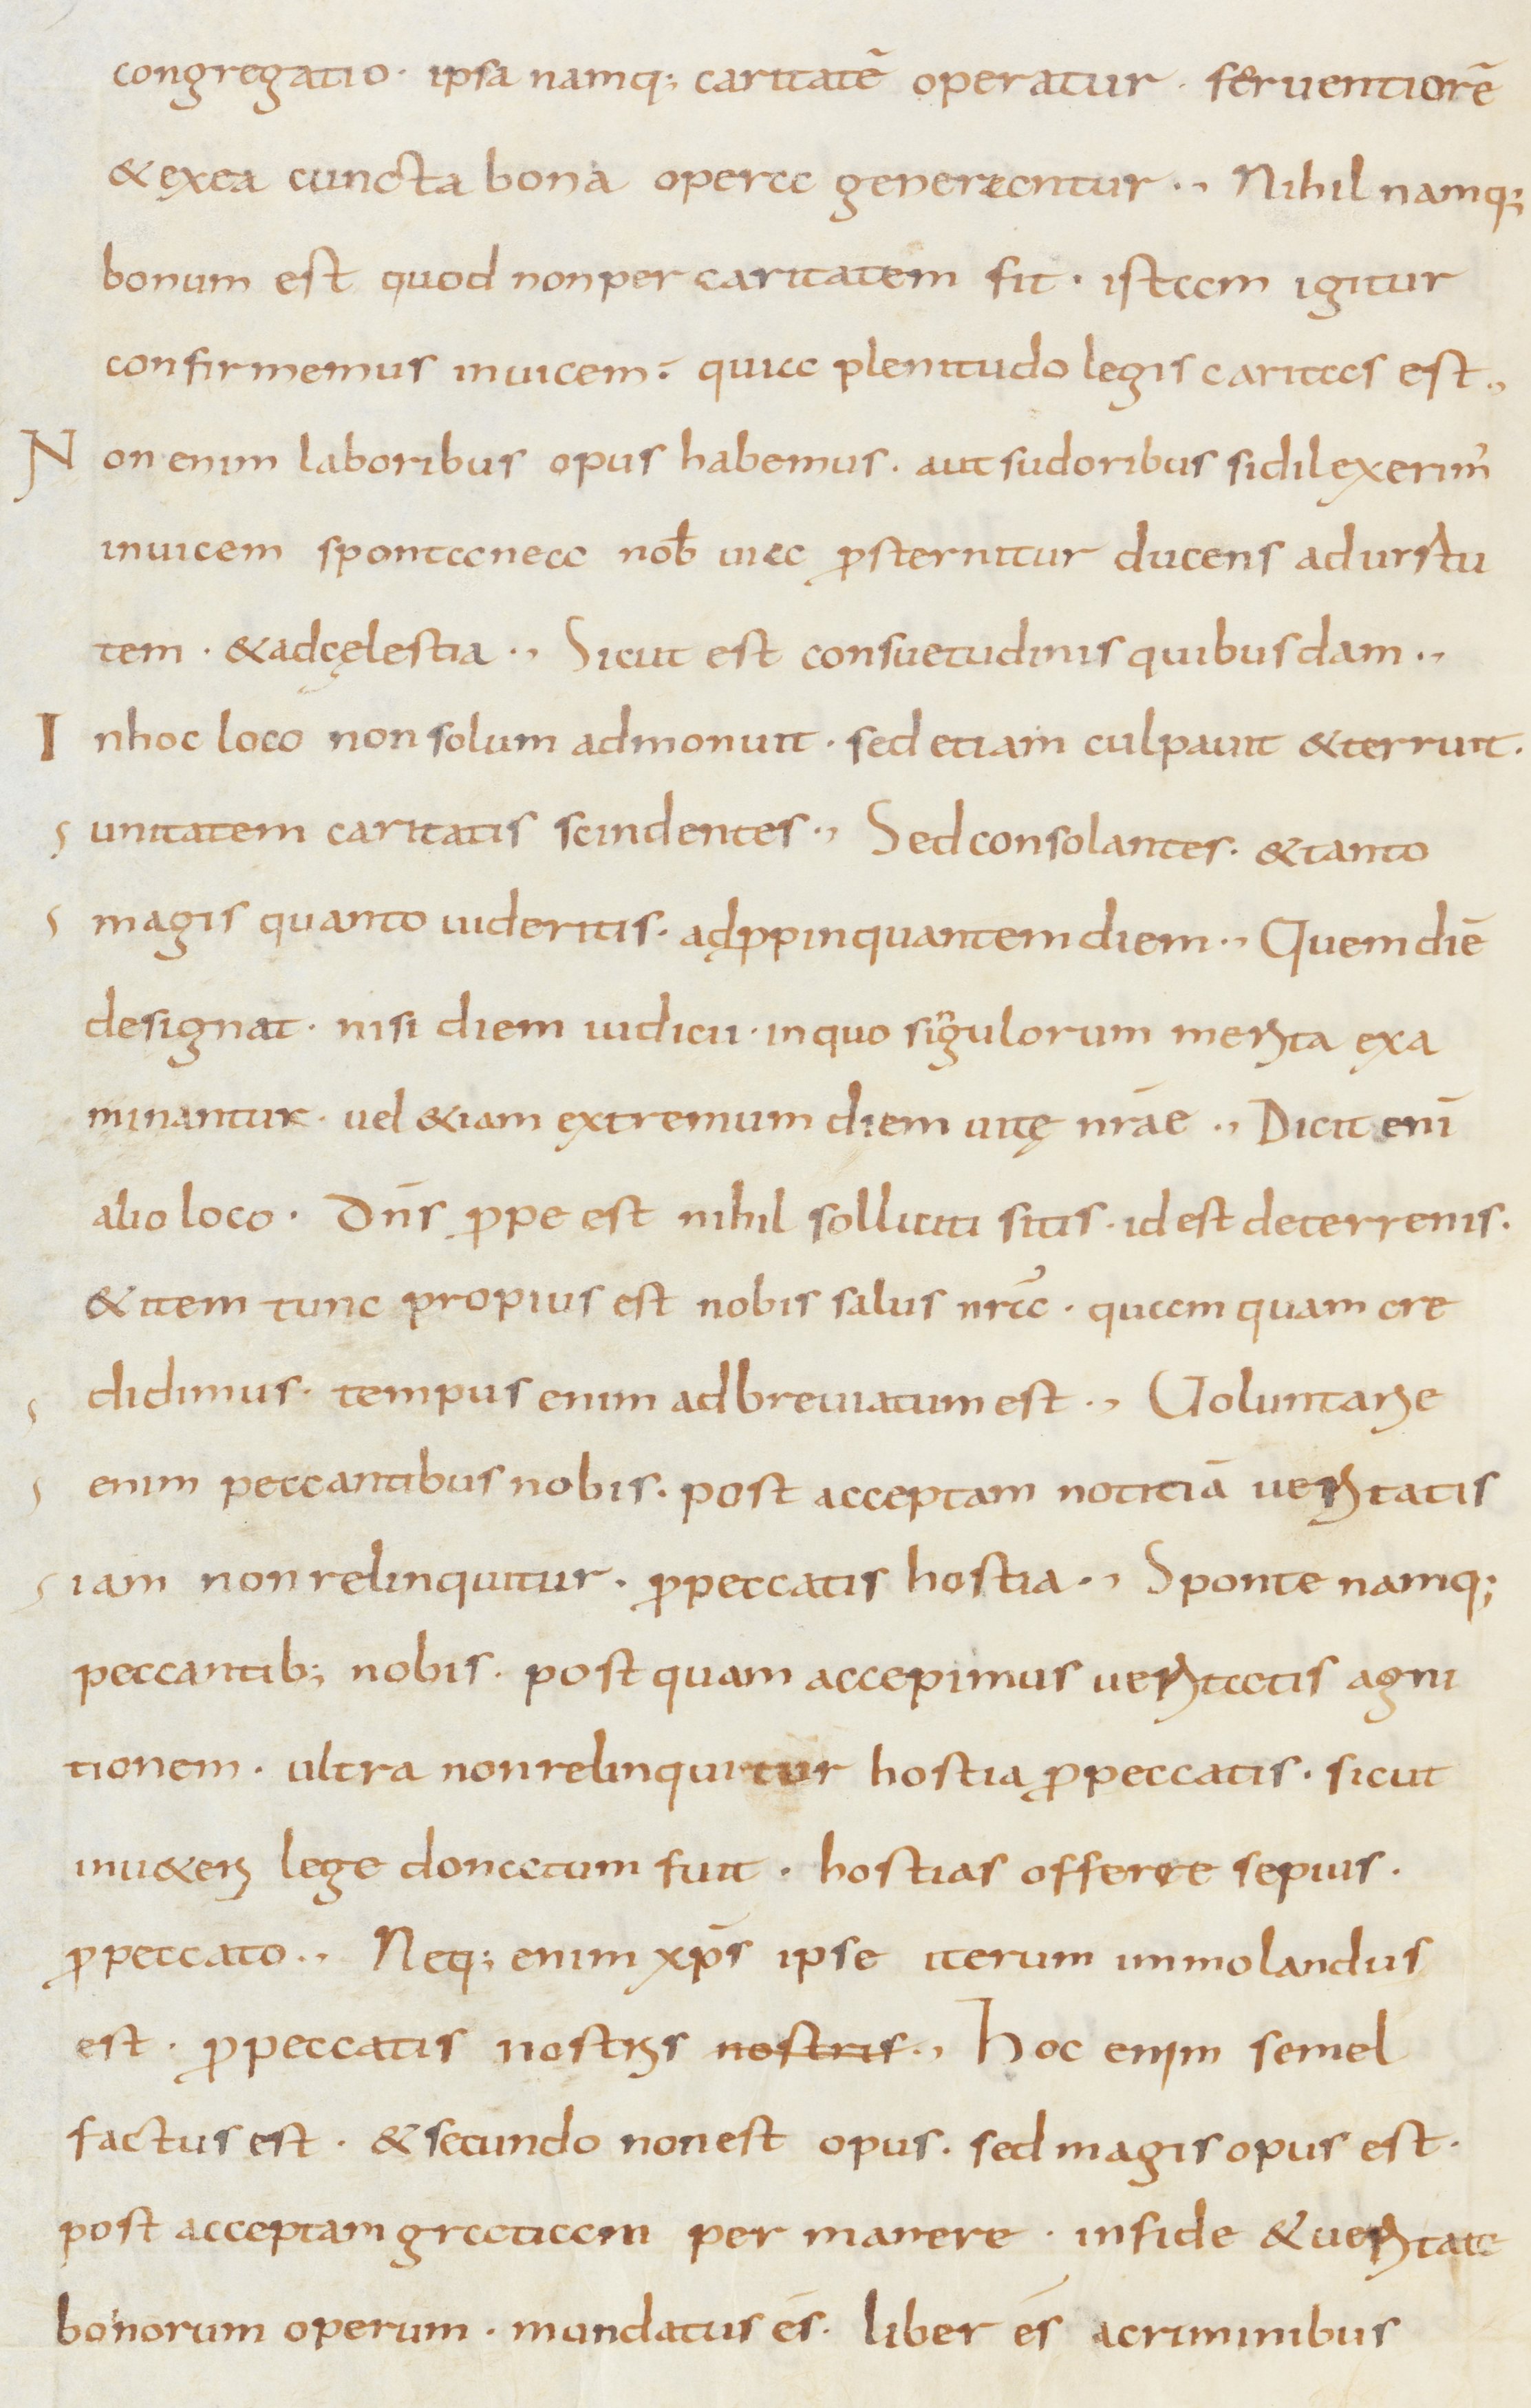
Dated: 800–849